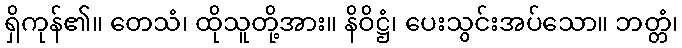
ရှိကုန်၏။ တေသံ၊ ထိုသူတို့အား။ နိဝိဋ္ဌံ၊ ပေးသွင်းအပ်သော။ ဘတ္တံ၊